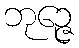
ဘုဉ္ဇေ